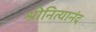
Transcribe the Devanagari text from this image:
श्रीनित्यानंद